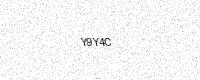
Text: Y9Y4C